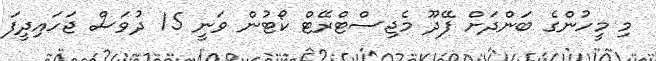
މި މީހުންގެ ބަންދަށް ފޭދޫ މެޖިސްޓްރޭޓް ކޯޓުން ވަނީ 15 ދުވަސް ޖަހައިދީފަ